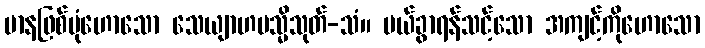
မာနဖြစ်ပုံဟောသော သေယျာဟမသ္မိသုတ်-သံ။ ပယ်ခွာရန်သင့်သော အကျင့်ကိုဟောသော